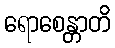
ရောစေန္တာတိ